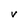
Character: V